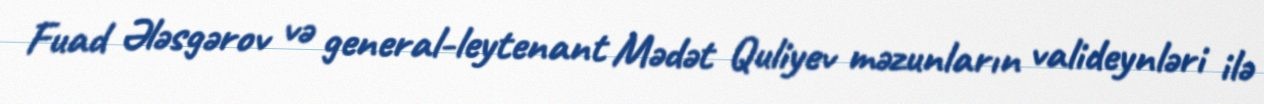
Fuad Ələsgərov və general-leytenant Mədət Quliyev məzunların valideynləri ilə